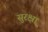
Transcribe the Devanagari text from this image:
सुरक्ष्रा